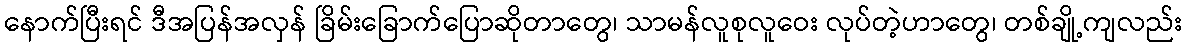
နောက်ပြီးရင် ဒီအပြန်အလှန် ခြိမ်းခြောက်ပြောဆိုတာတွေ၊ သာမန်လူစုလူဝေး လုပ်တဲ့ဟာတွေ၊ တစ်ချို့ကျလည်း